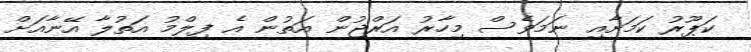
ކަޕޫރު ކަމަށާއި ނަމަވެސް މިހާރު އަރްޖުން އަތުން އެ ފިލްމު އަތުލާ އޭނާއަށް